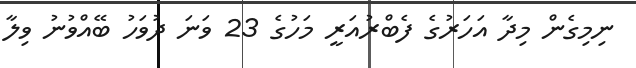
ނިމިގެން މިދާ އަހަރުގެ ފެބްރުއަރީ މަހުގެ 23 ވަނަ ދުވަހު ބޭއްވުނު ވިލާ